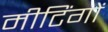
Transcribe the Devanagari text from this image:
मीटिंगों